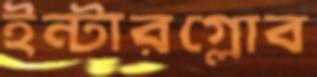
ইন্টারগ্লোব